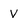
Character: V